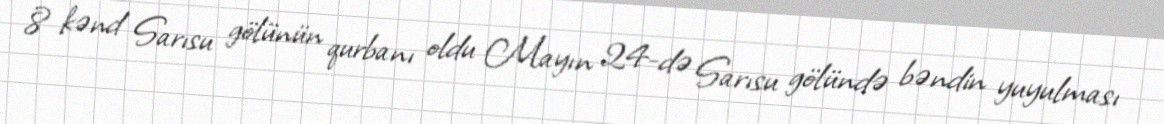
8 kənd Sarısu gölünün qurbanı oldu Mayın 24-də Sarısu gölündə bəndin yuyulması